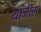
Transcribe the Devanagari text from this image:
याजींस